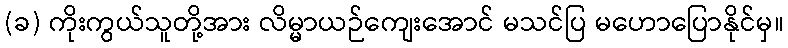
(ခ) ကိုးကွယ်သူတို့အား လိမ္မာယဉ်ကျေးအောင် မသင်ပြ မဟောပြောနိုင်မှ။